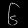
Digit: ၆